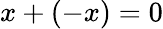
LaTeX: x+(-x)=0